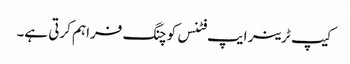
کیپ ٹرینر ایپ فٹنس کوچنگ فراہم کرتی ہے۔